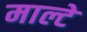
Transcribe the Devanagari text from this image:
माल्टे